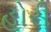
હોરી